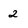
Character: 2